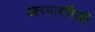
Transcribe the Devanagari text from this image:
आरमारांपैकी